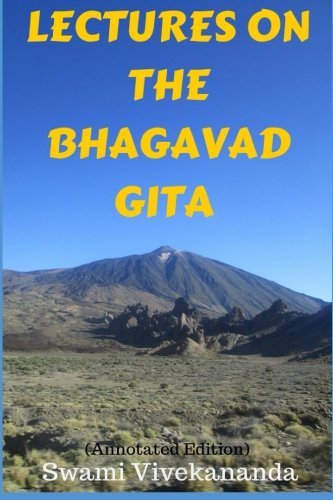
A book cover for Lectures on the Bhagavad Gita (Annotated Edition); Swami Vivekananda; Religion & Spirituality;